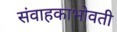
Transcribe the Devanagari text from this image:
संवाहकाभोवती